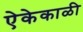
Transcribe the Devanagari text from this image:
ऐकेकाळी